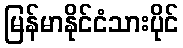
မြန်မာနိုင်ငံသားပိုင်